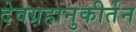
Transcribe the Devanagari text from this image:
देवग्रहानुकीर्तन